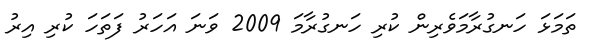
ތަމަޅަ ހަނގުރާމަވެރިން ކުރި ހަނގުރާމަ 2009 ވަނަ އަހަރު ފަތަހަ ކުރި އިރު